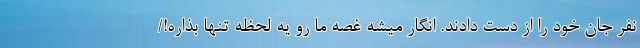
نفر جان خود را از دست دادند. انگار میشه غصه ما رو يه لحظه تنها بذاره!/